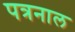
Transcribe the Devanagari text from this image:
पत्रनाल